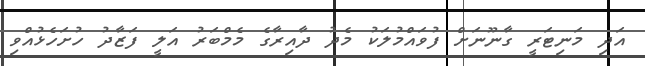
އަދި މަނިޓަރީ ގާނޫނަށް ފުވައްމުލަކު މެދު ދާއިރާގެ މެމްބަރު އަލީ ފަޒާދު ހުށަހެޅުއްވި